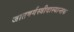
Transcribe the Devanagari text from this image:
जातवर्गस्त्रीदास्यान्तक